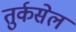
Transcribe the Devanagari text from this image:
तुर्कसेल